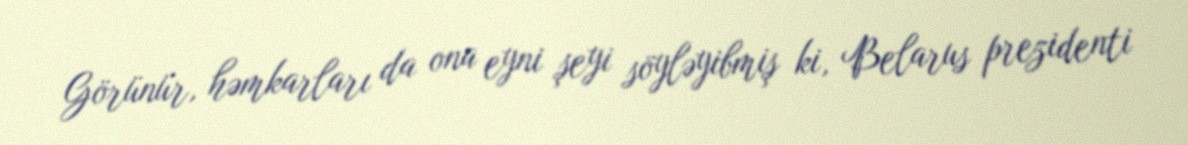
Görünür, həmkarları da ona eyni şeyi söyləyibmiş ki, Belarus prezidenti